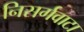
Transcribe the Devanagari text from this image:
निसर्गवाटा